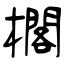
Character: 櫊